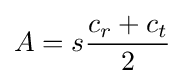
A=s{\frac {c_{r}+c_{t}}{2}}